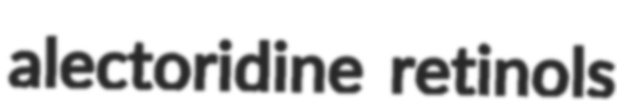
alectoridine retinols